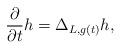
LaTeX: \begin{align*}\frac{\partial}{\partial t}h=\Delta_{L,g(t)}h, \end{align*}